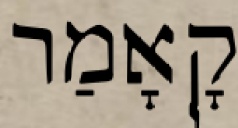
קָאָמַר